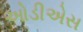
ઓડીએસ